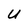
Character: U